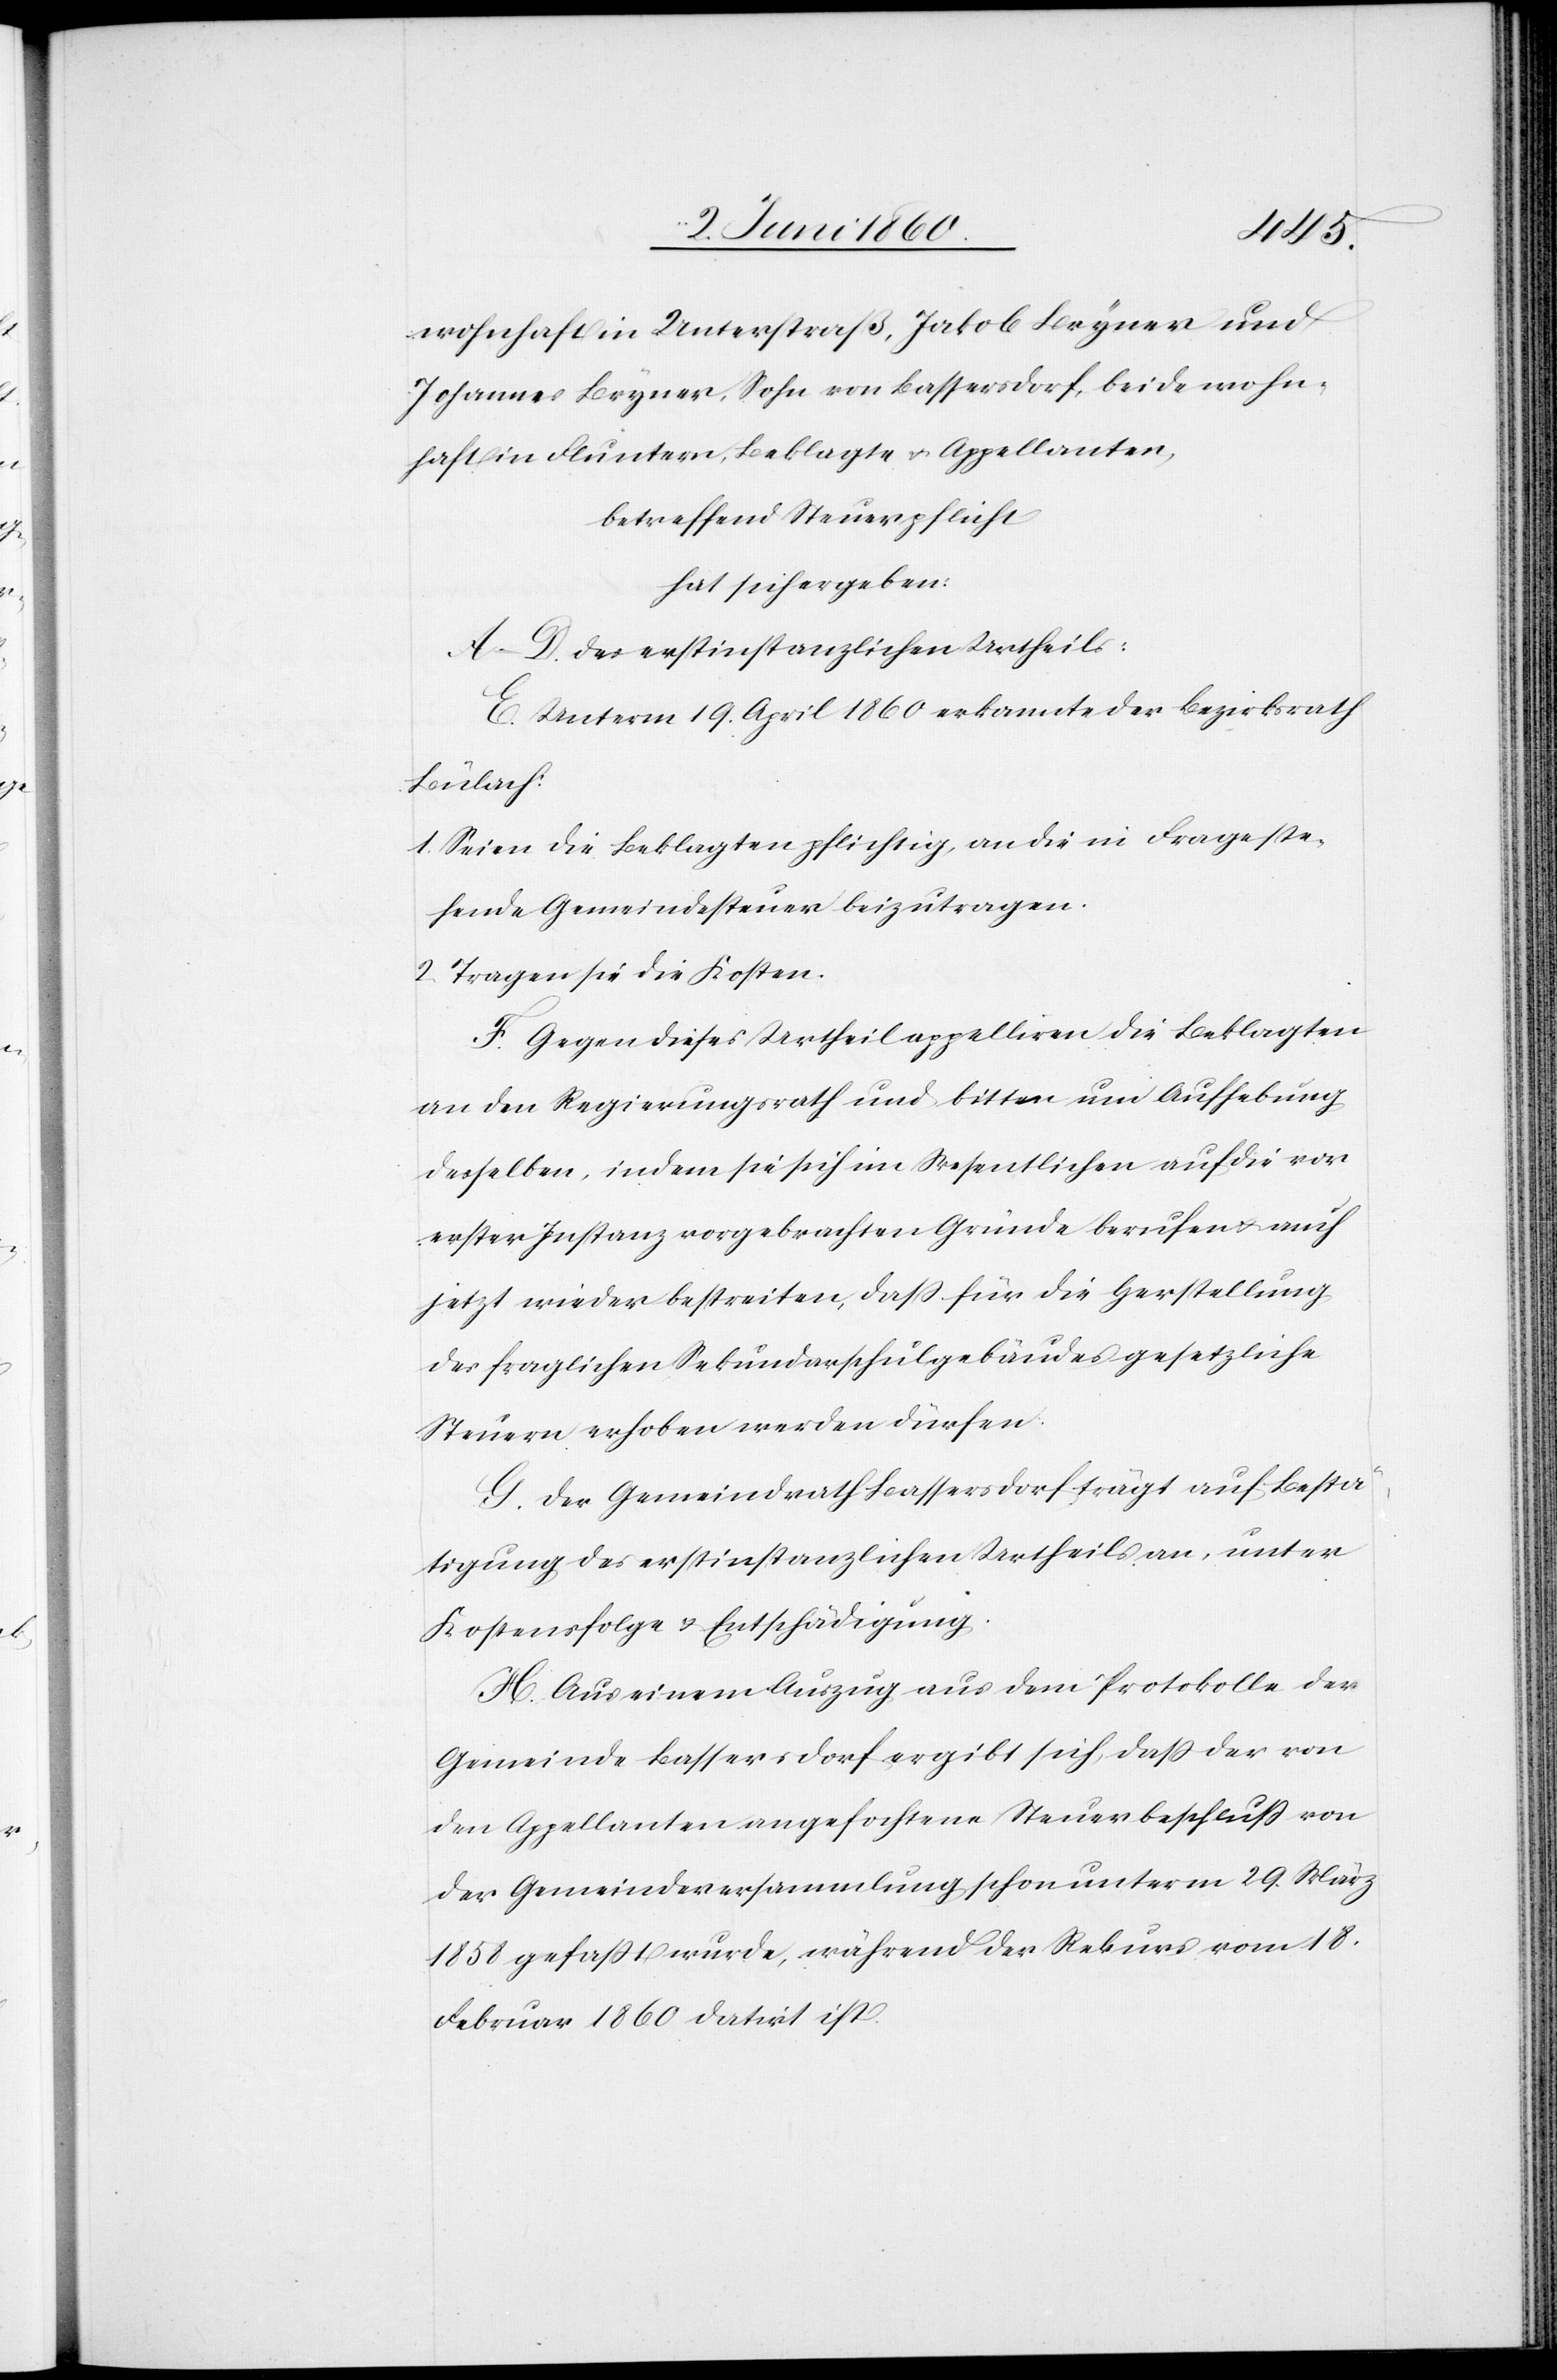
wohnhaft in Unterstraß, Jakob Bryner und
Johannes Bryner, Sohn von Bassersdorf, beide wohn¬
haft in Fluntern, Beklagte u. Appellanten,
betreffend Steuerpflicht
hat sich ergeben:
A.–D. des erstinstanzlichen Urtheils:
E. Unterm 19. April 1860 erkannte der Bezirksrath
Bülach:
1. Seien die Beklagten pflichtig, an die in Frage ste¬
hende Gemeindesteuer beizutragen.
2. Tragen sie die Kosten.
F. Gegen dieses Urtheil appelliren die Beklagten
an den Regierungsrath und bitten um Aufhebung
desselben, indem sie sich im Wesentlichen auf die vor
erster Instanz vorgebrachten Gründe berufen u. auch
jetzt wieder bestreiten, daß für die Herstellung
des fraglichen Sekundarschulgebäudes gesetzliche
Steuern erhoben werden dürfen.
G. Der Gemeindrath Bassersdorf trägt auf Bestä¬
tigung des erstinstanzlichen Urtheils an, unter
Kostenfolge u. Entschädigung.
H. Aus einem Auszug aus dem Protokolle der
Gemeinde Bassersdorf ergibt sich, dass der von
den Appellanten angefochtene Steuerbeschluss von
der Gemeindeversammlung schon unterm 29. März
1858 gefasst wurde, während der Rekurs vom 18.
Februar 1860 datirt ist.